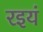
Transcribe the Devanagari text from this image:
रइयं